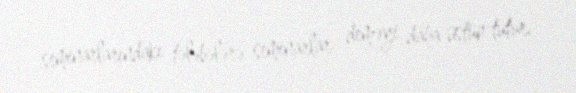
seminarlarındakı tələbələrə seminarlar deməyi daha üstün tutur.